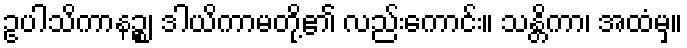
ဥပါသိကာနဉ္စ၊ ဒါယိကာမတို့၏ လည်းကောင်း။ သန္တိကာ၊ အထံမှ။